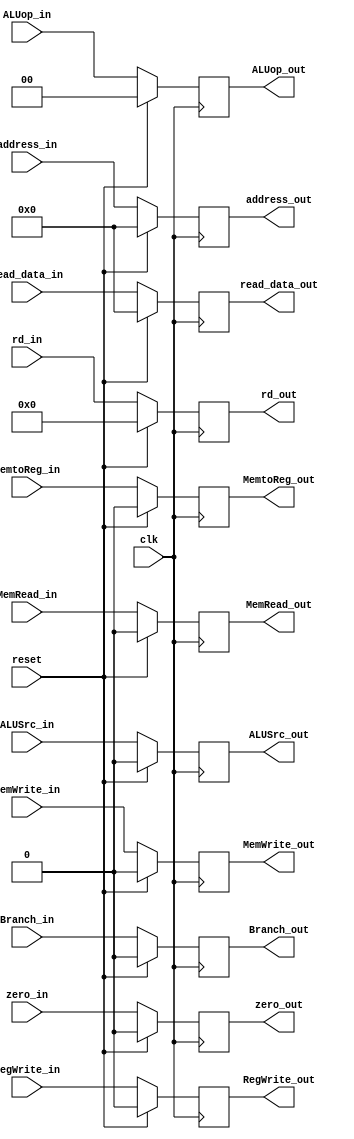
`timescale 1ns / 1ps
//////////////////////////////////////////////////////////////////////////////////
// Company: 
// Engineer: 
// 
// Design Name: 
// Module Name: MEM_WB_REGISTER
// Project Name: 
// Target Devices: 
// Tool Versions: 
// Description: 
// 
// Dependencies: 
// 
// Revision:
// Revision 0.01 - File Created
// Additional Comments:
// 
//////////////////////////////////////////////////////////////////////////////////


module MEM_WB_REGISTER(input clk,reset,
                       input zero_in,RegWrite_in,MemtoReg_in,MemRead_in,MemWrite_in,Branch_in,ALUSrc_in,
                       input [1:0] ALUop_in,
                       input [4:0] rd_in,
                       input [31:0] read_data_in,
                       input [31:0] address_in,
                       output reg zero_out,RegWrite_out,MemtoReg_out,MemRead_out,MemWrite_out,Branch_out,ALUSrc_out,
                       output reg [1:0] ALUop_out,
                       output reg [4:0] rd_out,
                       output reg [31:0] read_data_out,
                       output reg [31:0] address_out);
                       
always@(posedge clk) begin
    if (reset) begin
        zero_out <= 1'b0;
        RegWrite_out <= 1'b0;
        MemtoReg_out <= 1'b0;
        MemRead_out <= 1'b0;
        MemWrite_out <= 1'b0;
        Branch_out <= 1'b0;
        ALUSrc_out <= 1'b0;
        ALUop_out <= 2'b0;
        rd_out <= 4'b0;
        read_data_out <= 32'b0;
        address_out <= 32'b0;
    end
    else begin
        zero_out <= zero_in;
        RegWrite_out <= RegWrite_in;
        MemtoReg_out <= MemtoReg_in;
        MemRead_out <= MemRead_in;
        MemWrite_out <= MemWrite_in;
        Branch_out <= Branch_in;
        ALUSrc_out <= ALUSrc_in;
        ALUop_out <= ALUop_in;
        rd_out <= rd_in;
        read_data_out <= read_data_in;
        address_out <= address_in;
    end
end
endmodule